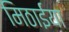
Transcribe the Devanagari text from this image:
मिठाईंया